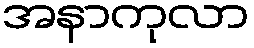
အနာကုလာ